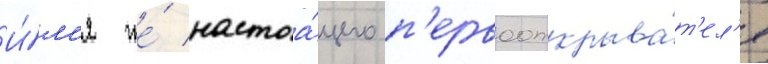
И́м'я же́ настоа́щего п'ервооткрыва́т'ел'я